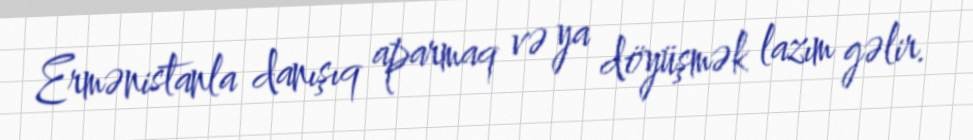
Ermənistanla danışıq aparmaq və ya döyüşmək lazım gəlir.